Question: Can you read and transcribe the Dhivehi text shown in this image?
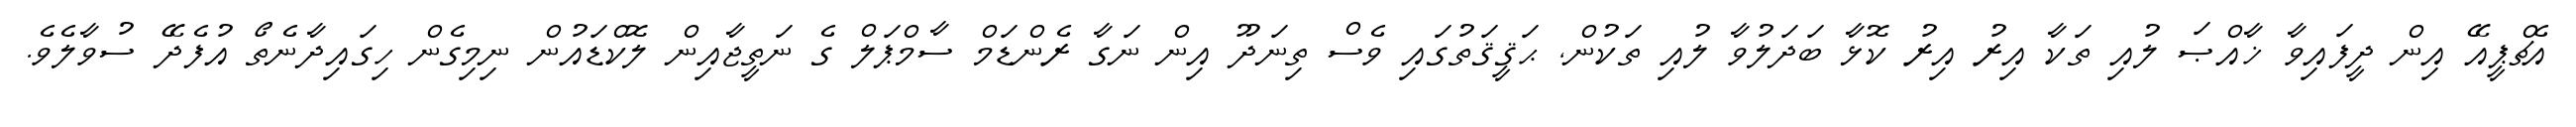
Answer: އެޗްޕީއޭ އިން ދީފައިވާ ޚާއްޞަ ލުއި ތަކާ އިރު އިރު ކޮޅާ ބަދަލުވާ ލުއި ތަކުން, ޙަޤީޤަތުގައި ވެސް ތިނަދޫ އިން ނަގާ ރެންޑަމް ސާމްޕަލް ގެ ނަތީޖާއިން ލޮކްޑައުން ނިމިގެން ހިގައިދާނެތޯ އުފެދޭ ސުވާލެވެ.